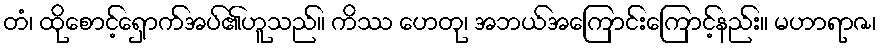
တံ၊ ထိုစောင့်ရှောက်အပ်၏ဟူသည်။ ကိဿ ဟေတု၊ အဘယ်အကြောင်းကြောင့်နည်း။ မဟာရာဇ၊